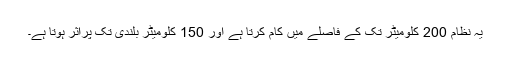
یہ نظام 200 کلومیٹر تک کے فاصلے میں کام کرتا ہے اور 150 کلومیٹر بلندی تک پراثر ہوتا ہے۔